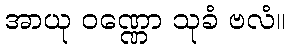
အာယု ဝဏ္ဏော သုခံ ဗလံ။